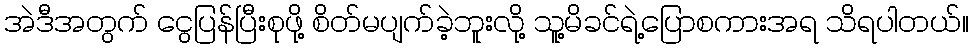
အဲဒီအတွက် ငွေပြန်ပြီးစုဖို့ စိတ်မပျက်ခဲ့ဘူးလို့ သူ့မိခင်ရဲ့ပြောစကားအရ သိရပါတယ်။